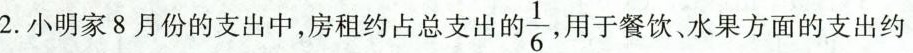
2.小明家8月份的支出中，房租约占总支出 的\frac{1}{6} 用于餐饮、水果方面的支出约